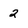
Character: 2